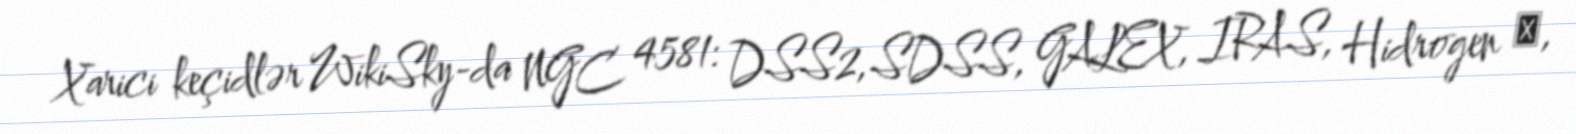
Xarici keçidlər WikiSky-da NGC 4581: DSS2, SDSS, GALEX, IRAS, Hidrogen α,